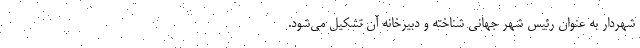
شهردار به عنوان رئیس شهر جهانی شناخته و دبیرخانه آن تشکیل می‌شود.